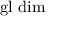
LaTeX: \operatorname { g l } \, \dim